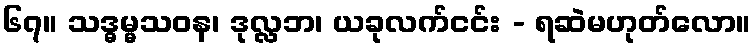
၆၇။ သဒ္ဓမ္မသဝန၊ ဒုလ္လဘ၊ ယခုလက်ငင်း - ရဆဲမဟုတ်လော။